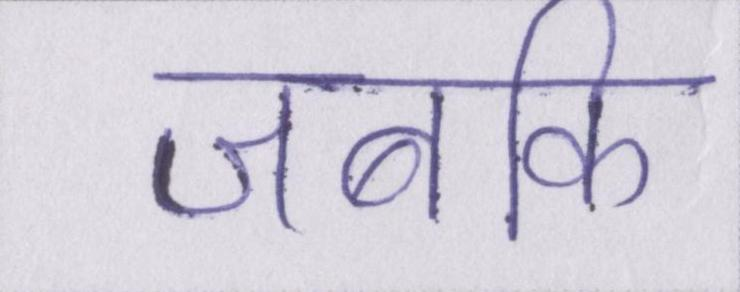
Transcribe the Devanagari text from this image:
जबकि